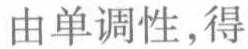
由单调性，得